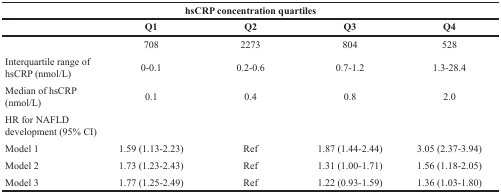
<table><thead><tr><td colspan="5"><b>hsCRP concentration quartiles</b></td></tr><tr><td></td><td><b>Q1</b></td><td><b>Q2</b></td><td><b>Q3</b></td><td><b>Q4</b></td></tr></thead><tbody><tr><td></td><td>708</td><td>2273</td><td>804</td><td>528</td></tr><tr><td>Interquartile range of hsCRP (nmol/L)</td><td>0-0.1</td><td>0.2-0.6</td><td>0.7-1.2</td><td>1.3-28.4</td></tr><tr><td>Median of hsCRP (nmol/L)</td><td>0.1</td><td>0.4</td><td>0.8</td><td>2.0</td></tr><tr><td>HR for NAFLD development (95% CI)</td><td></td><td></td><td></td><td></td></tr><tr><td>Model 1</td><td>1.59 (1.13-2.23)</td><td>Ref</td><td>1.87 (1.44-2.44)</td><td>3.05 (2.37-3.94)</td></tr><tr><td>Model 2</td><td>1.73 (1.23-2.43)</td><td>Ref</td><td>1.31 (1.00-1.71)</td><td>1.56 (1.18-2.05)</td></tr><tr><td>Model 3</td><td>1.77 (1.25-2.49)</td><td>Ref</td><td>1.22 (0.93-1.59)</td><td>1.36 (1.03-1.80)</td></tr></tbody></table>